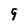
Character: 9